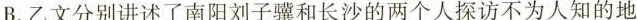
B.乙文分别讲述了南阳刘子骥和长沙的两个人探访不为人知的地